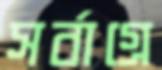
সর্বাগ্রে